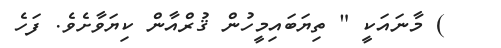
) މާނައަކީ " ތިޔަބައިމީހުން ޤުރްއާން ކިޔަވާށެވެ. ފަހެ